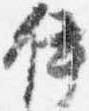
伊